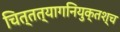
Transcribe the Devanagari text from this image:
चित्तत्यागनियुक्तश्च